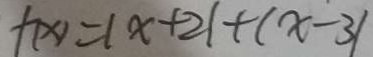
f ( x ) = \vert x + 2 \vert + ( x - 3 \vert